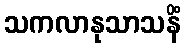
သကလာနုသာသနိံ